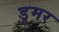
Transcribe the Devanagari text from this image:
डूमर